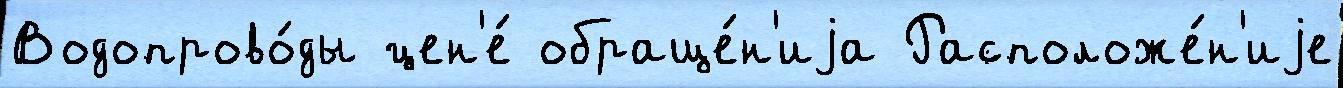
Водопрово́ды цен'е́ обраще́н'иjа Расположе́н'иjе